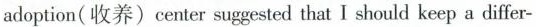
adoption（收养）center suggested that I should keep a differ-